Lunatic asylums Bombay report 1891-1903 - 1891-1903
Year: 1891
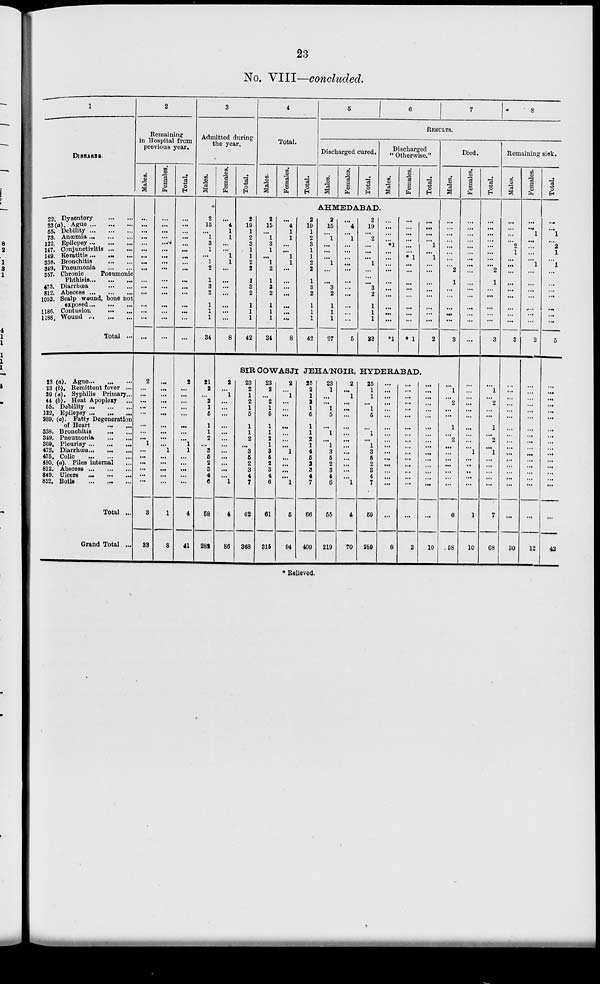
23
No. VIII—concluded.
1
DISEASES.
22. Dysentery ... ...
23(a). Ague
...
...
...
55. Debility
...
...
...
73. Anœmia
...
...
...
122. Epilepsy
...
...
...
147. Conjunctivitis ... ...
149. Keratitis ... ... ...
338. Bronchitis ... ...
349. Pneumonia ... ...
357. Chronic
Pneumonic
Phthisis
...
...
...
473. Diarrhœa ... ...
812. Abscess
...
...
...
1052. Scalp wound, bone not
exposed
...
...
...
1186. Contusion ... ...
1188. Wound
...
...
...
Total ...
23 (a). Ague ... ... ...
23 (b). Remittent fever ...
39 (a). Syphilis Primary...
44 (b). Heat Apoplexy
...
55. Debility
...
...
...
122. Epilepsy ... ... ...
289. (a). Fatty Degeneration
of Heart
...
...
338. Bronchitis ... ...
349. Pneumonia ... ...
369. Pleurisy
...
...
...
473. Diarrhœa
...
...
...
475. Colic
...
...
...
480. (a). Piles internal ...
812. Abscess
...
...
...
849. Ulcers
...
...
...
852. Boils
...
...
...
Total ...
Grand Total ...
2
Remaining
in Hospital from
previous year.
Males.
...
...
...
...
...
...
...
...
...
...
...
...
...
...
...
...
2
...
...
...
...
...
...
...
...
1
...
...
...
...
...
...
3
33
Females.
...
...
...
...
...
...
...
...
...
...
...
...
...
...
...
...
...
...
...
...
...
...
...
...
...
...
1
...
...
...
...
...
1
8
Total.
...
...
...
...
...
...
...
...
...
...
...
...
...
...
...
...
2
...
...
...
...
...
...
...
...
1
1
...
...
...
...
...
4
41
3
Admitted during
the year.
Males.
2
15
...
1
3
1
...
1
2
1
3
2
1
1
1
34
21
2
...
2
1
5
1
1
2
...
3
5
2
3
4
6
58
282
Females.
...
4
1
1
...
...
1
1
...
...
...
...
...
...
...
8
Total.
2
19
1
2
3
1
1
2
2
1
3
2
1
1
1
42
4
Total.
Males.
2
15
...
1
3
1
...
1
2
1
3
2
1
1
1
34
Females.
...
4
1
1
...
...
1
1
...
...
...
...
...
...
...
8
Total.
2
19
1
2
3
1
1
2
2
1
3
2
1
1
1
42
5
6
7
8
RESULTS.
Discharged cured.
Males. Females. Total.
AHMEDABAD
2
15
...
1
...
...
...
1
...
...
3
2
1
1
1
27
...
4
...
1
...
...
...
...
...
...
...
...
...
...
...
5
2
19
...
2
...
...
...
1
...
...
3
2
1
1
1
32
Discharged
" Otherwise."
Males.
...
...
...
...
*1
...
...
...
...
...
...
...
...
...
...
*1
Females.
...
...
...
...
...
...
* 1
...
...
...
...
...
...
...
...
* 1
Total.
...
...
...
...
1
...
1
...
...
...
...
...
...
...
...
2
Died.
Males.
...
...
...
...
...
...
...
...
2
1
...
...
...
...
...
3
SIR COWASJI JEHA'NGIR, HYDERABAD.
2
...
1
...
...
...
...
...
...
...
...
...
...
...
...
1
4
86
23
2
1
2
1
5
1
1
2
...
3
5
2
3
4
7
62
368
23
2
...
2
1
5
1
1
2
1
3
5
2
3
4
6
61
315
2
...
1
...
...
...
...
...
...
...
1
...
...
...
...
1
5
94
25
2
1
2
1
5
1
1
2
1
4
5
2
3
4
7
66
409
23
1
...
...
1
5
...
1
...
1
3
5
2
3
4
6
55
219
2
...
1
...
...
...
...
...
...
...
...
...
...
...
...
1
4
70
25
1
1
...
1
5
...
1
...
1
3
5
2
3
4
7
59
289
...
...
...
...
...
...
...
...
...
...
...
...
...
...
...
...
...
8
...
...
...
...
...
...
...
...
...
...
...
...
...
...
...
...
...
2
...
...
...
...
...
...
...
...
...
...
...
...
...
...
...
...
...
10
...
1
...
2
...
...
1
...
2
...
...
...
...
...
...
...
6
58
Females.
...
...
...
...
...
...
...
...
...
...
...
...
...
...
...
...
...
...
...
...
...
...
...
...
...
...
1
...
...
..
...
...
1
10
Total.
...
...
...
...
...
...
...
...
2
1
...
...
...
...
...
3
...
1
...
2
...
...
1
...
2
...
1
...
...
...
...
...
7
68
Remaining sick.
Males.
...
...
...
...
2
1
...
...
...
...
...
...
...
...
...
3
...
...
...
...
...
...
...
...
...
...
...
...
...
...
...
...
...
30
Females.
...
...
1
...
...
...
...
1
...
...
...
...
...
...
...
2
...
...
...
...
...
...
...
...
...
...
...
...
...
...
...
...
...
12
Total.
...
...
1
...
2
1
...
1
...
...
...
...
...
...
..
5
...
...
...
...
...
..
...
...
...
...
...
...
...
...
...
...
...
42
* Relieved.